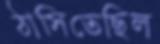
ঠাসিতেছিল